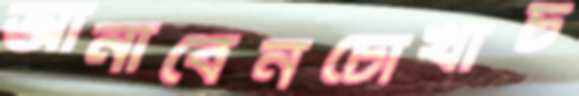
আনাবেনচোখাচ